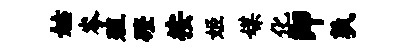
姑岑殖磴按姬媒化即孰